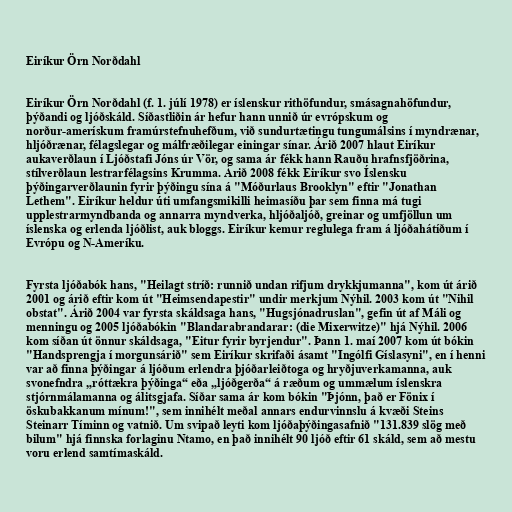
Eiríkur Örn Norðdahl

Eiríkur Örn Norðdahl (f. 1. júlí 1978) er íslenskur rithöfundur, smásagnahöfundur,
þýðandi og ljóðskáld. Síðastliðin ár hefur hann unnið úr evrópskum og
norður-amerískum framúrstefnuhefðum, við sundurtætingu tungumálsins í myndrænar,
hljóðrænar, félagslegar og málfræðilegar einingar sínar. Árið 2007 hlaut Eiríkur
aukaverðlaun í Ljóðstafi Jóns úr Vör, og sama ár fékk hann Rauðu hrafnsfjöðrina,
stílverðlaun lestrarfélagsins Krumma. Árið 2008 fékk Eiríkur svo Íslensku
þýðingarverðlaunin fyrir þýðingu sína á "Móðurlaus Brooklyn" eftir "Jonathan
Lethem". Eiríkur heldur úti umfangsmikilli heimasíðu þar sem finna má tugi
upplestrarmyndbanda og annarra myndverka, hljóðaljóð, greinar og umfjöllun um
íslenska og erlenda ljóðlist, auk bloggs. Eiríkur kemur reglulega fram á ljóðahátíðum í
Evrópu og N-Ameríku.

Fyrsta ljóðabók hans, "Heilagt stríð: runnið undan rifjum drykkjumanna", kom út árið
2001 og árið eftir kom út "Heimsendapestir" undir merkjum Nýhil. 2003 kom út "Nihil
obstat". Árið 2004 var fyrsta skáldsaga hans, "Hugsjónadruslan", gefin út af Máli og
menningu og 2005 ljóðabókin "Blandarabrandarar: (die Mixerwitze)" hjá Nýhil. 2006
kom síðan út önnur skáldsaga, "Eitur fyrir byrjendur". Þann 1. maí 2007 kom út bókin
"Handsprengja í morgunsárið" sem Eiríkur skrifaði ásamt "Ingólfi Gíslasyni", en í henni
var að finna þýðingar á ljóðum erlendra þjóðarleiðtoga og hryðjuverkamanna, auk
svonefndra „róttækra þýðinga“ eða „ljóðgerða“ á ræðum og ummælum íslenskra
stjórnmálamanna og álitsgjafa. Síðar sama ár kom bókin "Þjónn, það er Fönix í
öskubakkanum mínum!", sem innihélt meðal annars endurvinnslu á kvæði Steins
Steinarr Tíminn og vatnið. Um svipað leyti kom ljóðaþýðingasafnið "131.839 slög með
bilum" hjá finnska forlaginu Ntamo, en það innihélt 90 ljóð eftir 61 skáld, sem að mestu
voru erlend samtímaskáld.